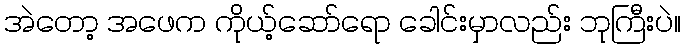
အဲတော့ အဖေက ကိုယ့်ဆော်ရော ခေါင်းမှာလည်း ဘုကြီးပဲ။